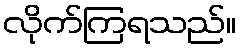
လိုက်ကြရသည်။